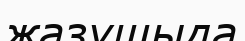
жазушыда